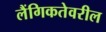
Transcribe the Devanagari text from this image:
लैंगिकतेवरील